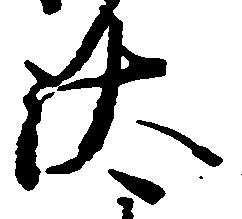
汰